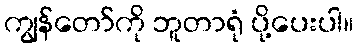
ကျွန်တော်ကို ဘူတာရုံ ပို့ပေးပါ။